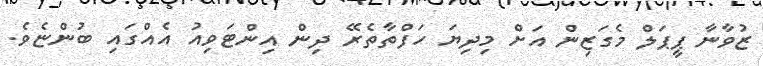
ޒުވާނާ ޕީޕަލް މެގަޒިން އަށް މިދިޔަ ހަފްތާތެރޭ ދިން އިންޓަވިއު އެއްގައި ބުންޏެވެ.